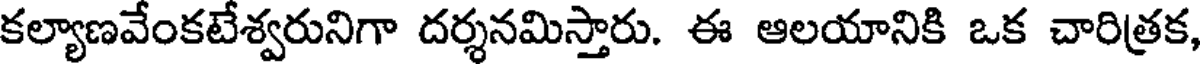
కల్యాణవేంకటేశ్వరునిగా దర్శనమిస్తారు. ఈ ఆలయానికి ఒక చారిత్రక,